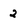
Character: 2